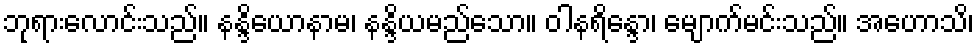
ဘုရားလောင်းသည်။ နန္ဒိယောနာမ၊ နန္ဒိယမည်သော။ ဝါနရိန္ဒော၊ မျောက်မင်းသည်။ အဟောသိ၊